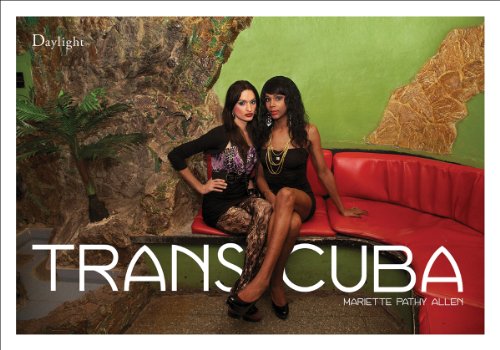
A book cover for Mariette Pathy Allen: Transcuba; Mariela Castro EspÃ­n; Gay & Lesbian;